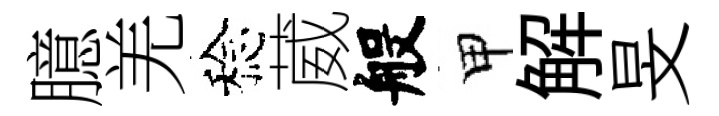
臆羌稔葳般甲解旻